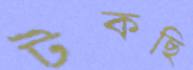
টকছি